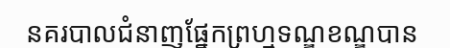
នគរបាលជំនាញផ្នែកព្រហ្មទណ្ឌខណ្ឌបាន